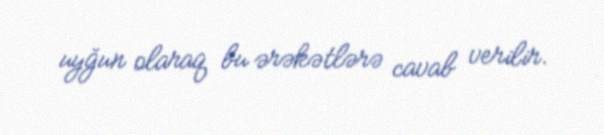
uyğun olaraq bu ərəkətlərə cavab verilir.